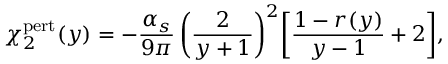
\chi _ { 2 } ^ { \mathrm { p e r t } } ( y ) = - { \frac { \alpha _ { s } } { 9 \pi } } \, \bigg ( { \frac { 2 } { y + 1 } } \bigg ) ^ { 2 } \bigg [ { \frac { 1 - r ( y ) } { y - 1 } } + 2 \bigg ] ,